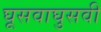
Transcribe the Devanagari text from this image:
घूसवाघुसवी